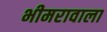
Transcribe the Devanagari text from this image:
भीमरावाला